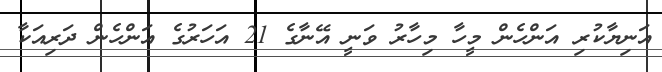
އަނިޔާކުރި އަންހެން މީހާ މިހާރު ވަނީ އޭނާގެ 21 އަހަރުގެ އަންހެން ދަރިއަކާ